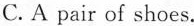
C. A pair of shoes.